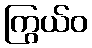
ကြွယ်ဝ